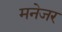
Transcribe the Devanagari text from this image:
मनेजर